Indian journal of veterinary science and animal husbandry - Volume 4,
Year: 1934
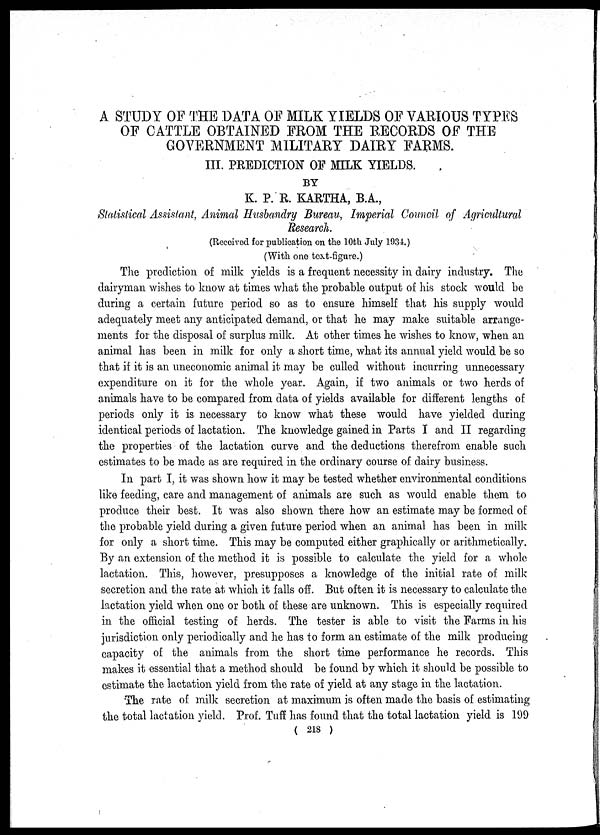
A STUDY OF THE DATA OF MILK YIELDS OF VARIOUS TYPES
OF CATTLE OBTAINED FROM THE RECORDS OF THE
GOVERNMENT MILITARY DAIRY FARMS.
III. PREDICTION OF MILK YIELDS.
BY
K. P. R. KARTHA, B.A.,
Statistical Assistant, Animal Husbandry Bureau, Imperial Council of Agricultural
Research.
(Received for publication on the 10th July 1934.)
(With one text-figure.)
The prediction of milk yields is a frequent necessity in dairy industry. The
dairyman wishes to know at times what the probable output of his stock would be
during a certain future period so as to ensure himself that his supply would
adequately meet any anticipated demand, or that he may make suitable arrange-
ments for the disposal of surplus milk. At other times he wishes to know, when an
animal has been in milk for only a short time, what its annual yield would be so
that if it is an uneconomic animal it may be culled without incurring unnecessary
expenditure on it for the whole year. Again, if two animals or two herds of
animals have to be compared from data of yields available for different lengths of
periods only it is necessary to know what these would have yielded during
identical periods of lactation. The knowledge gained in Parts I and II regarding
the properties of the lactation curve and the deductions therefrom enable such
estimates to be made as are required in the ordinary course of dairy business.
In part I, it was shown how it may be tested whether environmental conditions
like feeding, care and management of animals are such as would enable them to
produce their best. It was also shown there how an estimate may be formed of
the probable yield during a given future period when an animal has been in milk
for only a short time. This may be computed either graphically or arithmetically.
By an extension of the method it is possible to calculate the yield for a whole
lactation. This, however, presupposes a knowledge of the initial rate of milk
secretion and the rate at which it falls off. But often it is necessary to calculate the
lactation yield when one or both of these are unknown. This is especially required
in the official testing of herds. The tester is able to visit the Farms in his
jurisdiction only periodically and he has to form an estimate of the milk producing
capacity of the animals from the short time performance he records. This
makes it essential that a method should be found by which it should be possible to
estimate the lactation yield from the rate of yield at any stage in the lactation.
The rate of milk secretion at maximum is often made the basis of estimating
the total lactation yield. Prof. Tuff has found that the total lactation yield is 199
( 218 )